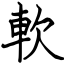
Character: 軟